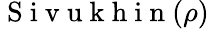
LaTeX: \mathrm{~S~i~v~u~k~h~i~n~}(\rho)